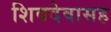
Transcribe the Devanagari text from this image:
शिवदेवासह